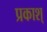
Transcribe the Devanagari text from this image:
प्रकाश्